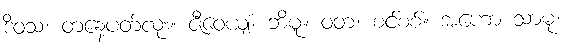
ဒိဝသံ၊ တနေ့ပတ်လုံး။ ဇီဝေယျံ၊ ဘိမူ။ ဝတ၊ စင်စစ်။ အဟော သာဓု၊